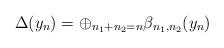
LaTeX: \begin{align*}\Delta(y_n)=\oplus_{n_1+n_2=n}\beta_{n_1,n_2}(y_n)\end{align*}